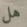
هل